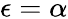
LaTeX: \epsilon=\alpha